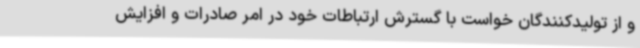
و از تولیدکنندگان خواست با گسترش ارتباطات خود در امر صادرات و افزایش